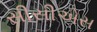
સીસીએસ